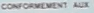
CONFORMEMENT AUX